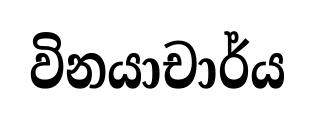
විනයාචාර්ය